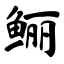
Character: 鲡